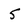
Character: 5